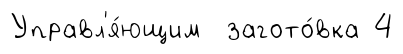
Управл'я́ющим загото́вка 4